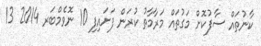
ކާނުތައް ސާފުކޮށް މަގުތައް މަރާމާތު ކުރަން ފަށައިފި 10 ނޮވެމްބަރ 2014 13